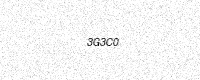
Text: 3G3C0